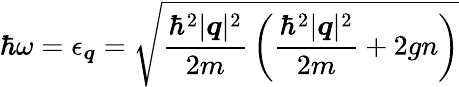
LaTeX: \hbar\omega=\epsilon_{\boldsymbol{q}}={\sqrt{{\frac{\hbar^{2}|{\boldsymbol{q}}|^{2}}{2m}}\left({\frac{\hbar^{2}|{\boldsymbol{q}}|^{2}}{2m}}+2gn\right)}}